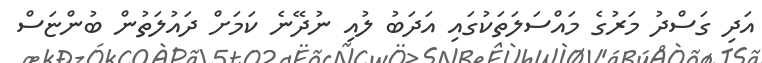
އަދި ގަސްދު މަރުގެ މައްސަލަތަކުގައި އަދަބު ލުއި ނުދޭނެ ކަމަށް ދައުލަތުން ބުންޏަސް